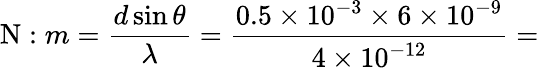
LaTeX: \mathrm{N}:m=\frac{d\sin\theta}{\lambda}=\frac{0.5\times 10^{-3}\times 6\times 10^{-9}}{4\times 10^{-12}}=